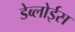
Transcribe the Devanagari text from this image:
डेब्लोईस